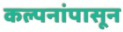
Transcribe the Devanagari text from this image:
कल्पनांपासून